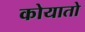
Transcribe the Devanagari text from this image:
कोयातो